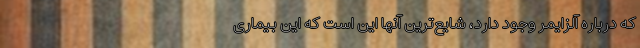
که درباره آلزایمر وجود دارد، شایع‌ترین آنها این است که این بیماری